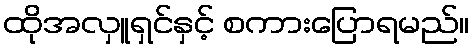
ထိုအလှူရှင်နှင့် စကားပြောရမည်။